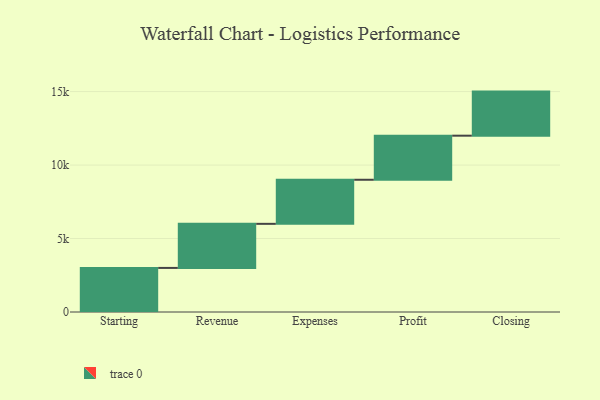
{"axis": {"x": "Step", "y": "Value"}, "legend": [""], "data": [{"x": "Starting", "y": 3000, "type": ""}, {"x": "Revenue", "y": 3000, "type": ""}, {"x": "Expenses", "y": 3000, "type": ""}, {"x": "Profit", "y": 3000, "type": ""}, {"x": "Closing", "y": 3000, "type": ""}]}